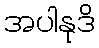
အပါနုဒိ